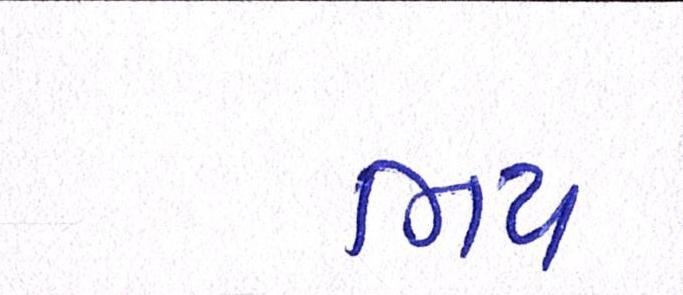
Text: ભય